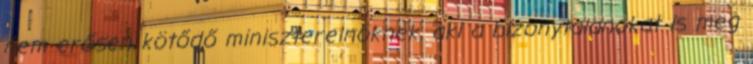
nem erősen kötődő miniszterelnöknek, aki a bizonytalanokat is meg